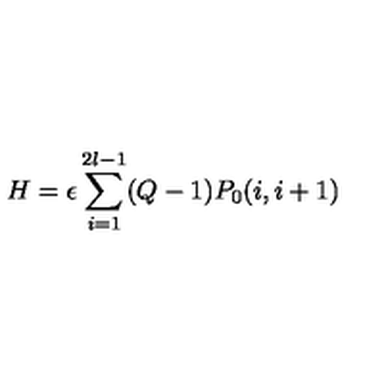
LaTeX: H = \epsilon \sum _ { i = 1 } ^ { 2 l - 1 } ( Q - 1 ) P _ { 0 } ( i , i + 1 )